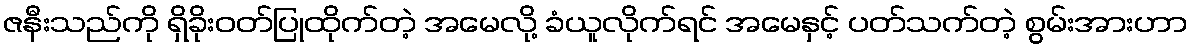
ဇနီးသည်ကို ရှိခိုးဝတ်ပြုထိုက်တဲ့ အမေလို့ ခံယူလိုက်ရင် အမေနှင့် ပတ်သက်တဲ့ စွမ်းအားဟာ